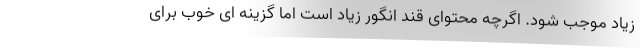
زیاد موجب شود. اگرچه محتوای قند انگور زیاد است اما گزینه ای خوب برای